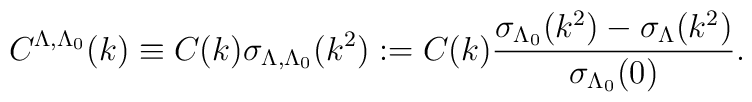
C^{\Lambda,\Lambda_0}(k) \equiv  C(k) \sigma_{\Lambda,\Lambda_0}(k^2)   : = C(k) \frac{\sigma _{\Lambda_0}(k^2) - \sigma _{\Lambda}(k^2)}{\sigma _{\Lambda_0}(0)} .